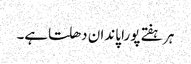
ہر ہفتے پورا پاندان دھلتاہے۔